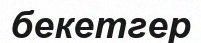
бекетгер